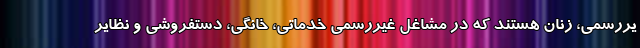
یررسمی، زنان هستند که در مشاغل غیررسمی خدماتی، خانگی، دستفروشی و نظایر